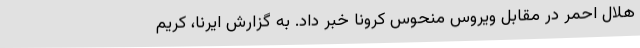
هلال احمر در مقابل ویروس منحوس کرونا خبر داد. به گزارش ایرنا، کریم